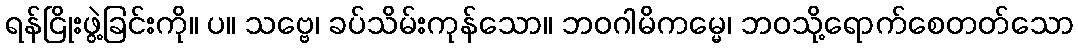
ရန်ငြိုးဖွဲ့ခြင်းကို။ ပ။ သဗ္ဗေ၊ ခပ်သိမ်းကုန်သော။ ဘဝဂါမိကမ္မေ၊ ဘဝသို့ရောက်စေတတ်သော